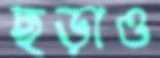
ছড়াও